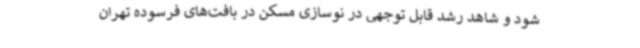
شود و شاهد رشد قابل توجهی در نوسازی مسکن در بافت‌های فرسوده تهران